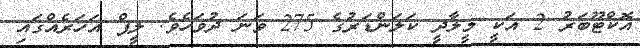
އޮކްޓޫބަރު 2 އަކީ މީލާދީ ކަލަންޑަރުގެ 275 ވަނަ ދުވަހެވެ. ލީޕް އަހަރެއްގައި